Scottish Leaving Certificate Examination, 1958
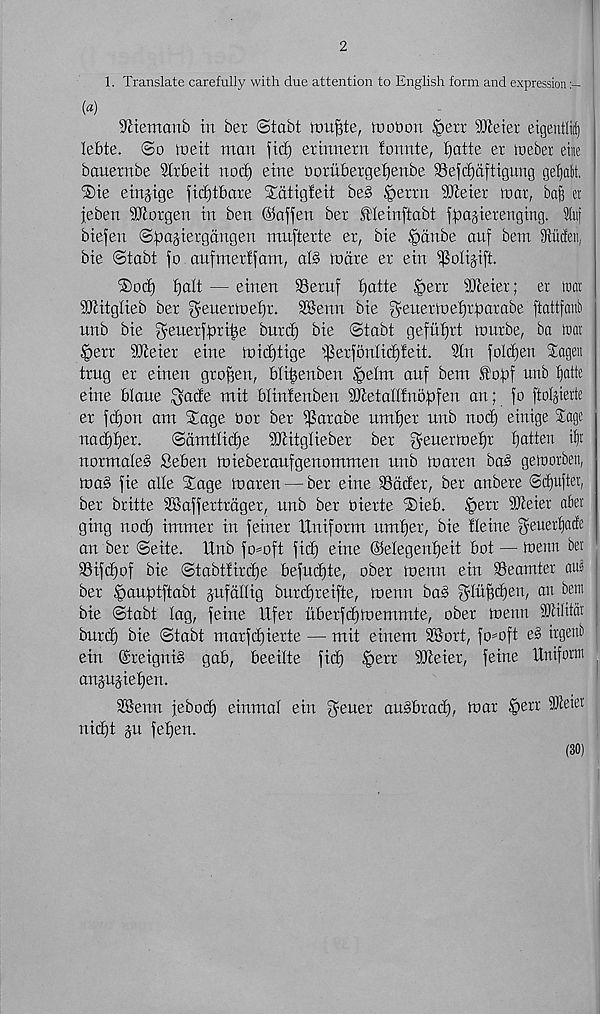
2
1. Translate carefully with due attention to English form and expression
(«)
SWemcmb in ber ©tabt ton^te, tnobon §err SJieier eigentli^
lebte. @o me it man fid) erinnern tonnte, tjatte er mebet eine
bauernbe Strbeit nod) eine ooriibergefjenbe SSefdjaftigung gefyatt.
®ie einjige fidjtbaxe Sdtigteit be§ §errn ibteier mar, ba^ et
feben Morgen in ben ©affen ber Meinftabt fpa^ierenging. tuj
biefen ©pagiergdngen mufterte er, bie ipctnbe auf bem iRiicEeii,
bie ©tabt fo aufmerffam, al§ mare er ein ^olijift.
'Sod) fjalt — einen 33ernf i^atte ^err SSJteier; er tear
StJlitglieb ber ^euermefjr. SSenn bie ^euermefjrbarabe [tattfattb
unb bie ^euerfpri^e bnrd) bie ©tabt gefiifjrt mnrbe, ba )rat
^>err SJieier eine mid)tige iperfbnlidjfeii 3tn foldjen Jagen
trug er einen gro^en, bti^enben §elm auf bem fof)f unb ^atte
eine blaue $ade mit blinfenben SDtetafflnbpfen an; fo ftdjierie
er fd)on am Sage bor ber 5($arabe umtjer unb nod) einige Sage
nadflfer.
@dmttid)e ifltitglieber ber geuermetjr flatten i^r
normate§ Seben mieberaufgenommen unb maren ba^ gemorben,
ma§ fie alfe Sage maren — ber eine SSdcfer, ber anbere @d)ufter ;
ber britte SSaffertrdger, unb ber oierte Sieb. ,'perr STceier abet
ging nod) immer in feiner Uniform umfjer, bie Heine geuerfjacfe
an ber @eite. Unb fomft fid) eine ©efegenf)eit bot — menn ber
33ifd)of bie ©tabtfirdje befud)te, ober menu ein iBeamter aus
ber |>auptftabt jufdffig burdfreifte, menn ba§ g’luffdieri, an beat
bie ©tabt fag, feme Ufer iiberfdimemmte, ober menn 9Jit(itat
burd) bie ©tabt marfd)ierte — mit einem SSort, fo=oft e§ irgenb
ein @reigni§ gab, beeifte fid) §err SJceier, feine Uniform
anjujietjen.
SBenn febod) einmaf ein g'euer aubbrad), mar $err 9Keter
nid)t ju fefjen.
(30)